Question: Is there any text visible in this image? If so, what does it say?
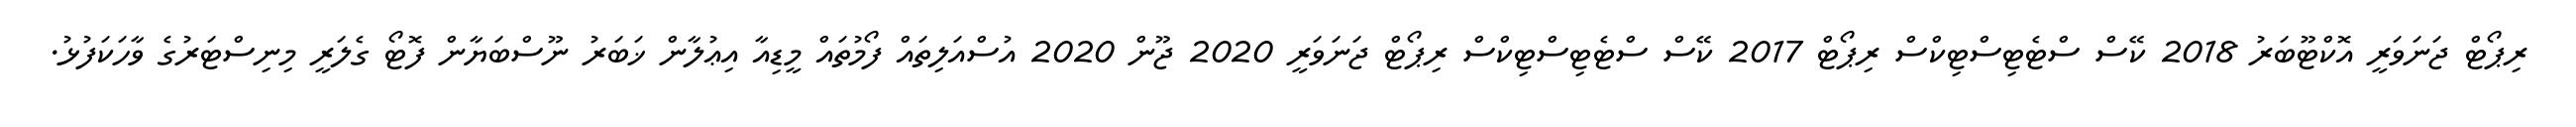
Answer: ރިޕޯޓް ޖަނަވަރީ އޮކްޓޫބަރު 2018 ކޭސް ސްޓެޓިސްޓިކްސް ރިޕޯޓް 2017 ކޭސް ސްޓެޓިސްޓިކްސް ރިޕޯޓް ޖަނަވަރީ 2020 ޖޫން 2020 އުސްއަލިތައް ފޯމުތައް މީޑިއާ އިޢުލާން ޚަބަރު ނޫސްބަޔާން ފޮޓޯ ގެލަރީ މިނިސްޓަރުގެ ވާހަކަފުޅު.